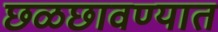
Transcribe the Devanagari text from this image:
छळछावण्यात